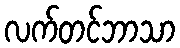
လက်တင်ဘာသာ